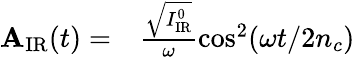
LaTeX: \begin{array}{rl}{\mathbf{A}_{\mathrm{IR}}(t)=}&{{}\frac{\sqrt{I_{\mathrm{IR}}^{0}}}{\omega}\cos^{2}(\omega t/2n_{c})}\end{array}